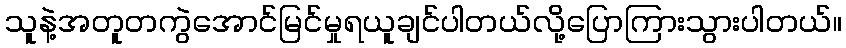
သူနဲ့အတူတကွဲအောင်မြင်မှုရယူချင်ပါတယ်လို့ပြောကြားသွားပါတယ်။